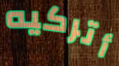
أتركيه